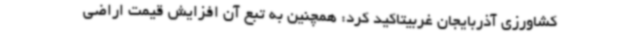
کشاورزی آذربایجان غربیتاکید کرد: همچنین به تبع آن افزایش قیمت اراضی